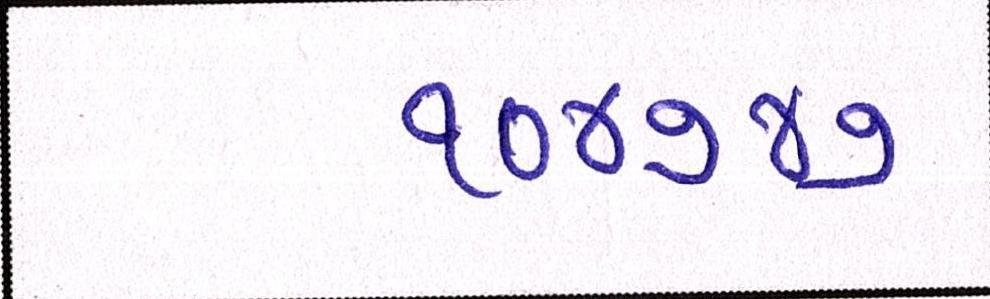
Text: ૧૦૪૭૪૭